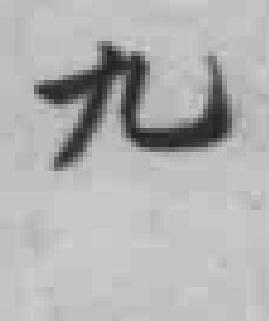
九